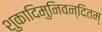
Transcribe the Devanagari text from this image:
शुकादिमुनिवन्दितम्